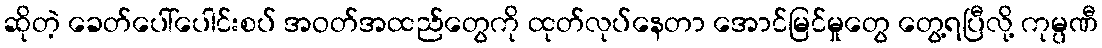
ဆိုတဲ့ ခေတ်ပေါ်ပေါင်းစပ် အဝတ်အထည်တွေကို ထုတ်လုပ်နေတာ အောင်မြင်မှုတွေ တွေ့ရပြီလို့ ကုမ္ပဏီ